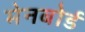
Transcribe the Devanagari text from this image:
मेनबोर्ड